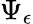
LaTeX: \Psi_{\epsilon}